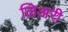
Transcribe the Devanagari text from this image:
लिअरी